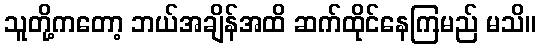
သူတို့ကတော့ ဘယ်အချိန်အထိ ဆက်ထိုင်နေကြမည် မသိ။